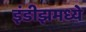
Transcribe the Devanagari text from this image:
इंडीझमध्ये